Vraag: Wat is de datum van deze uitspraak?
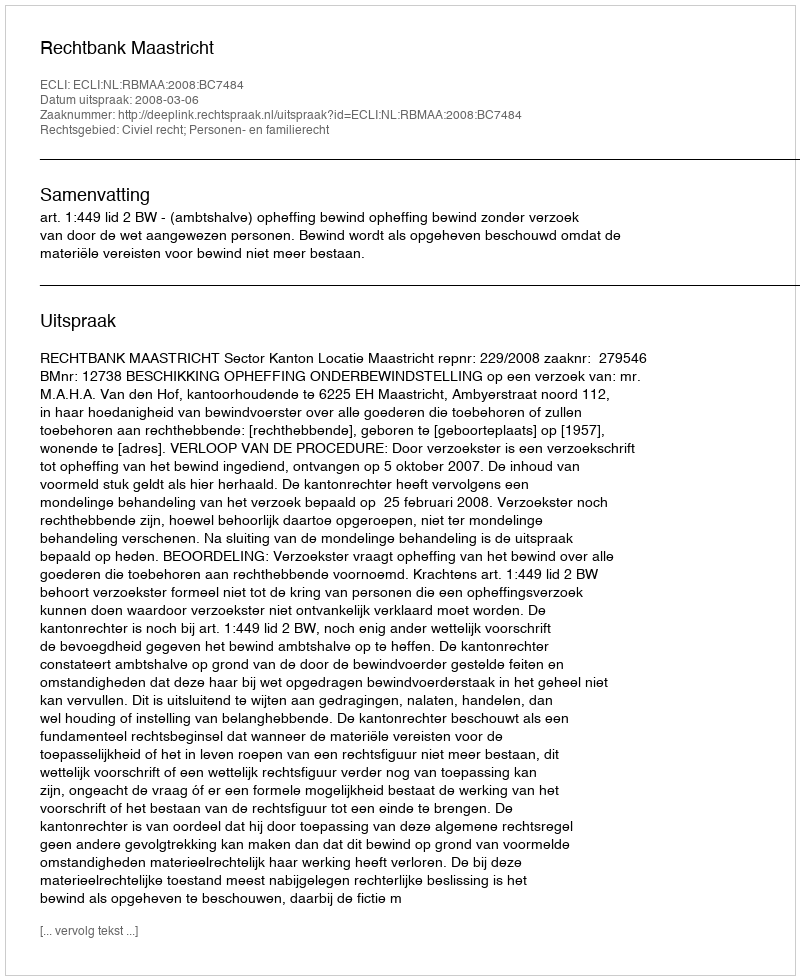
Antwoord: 2008-03-06